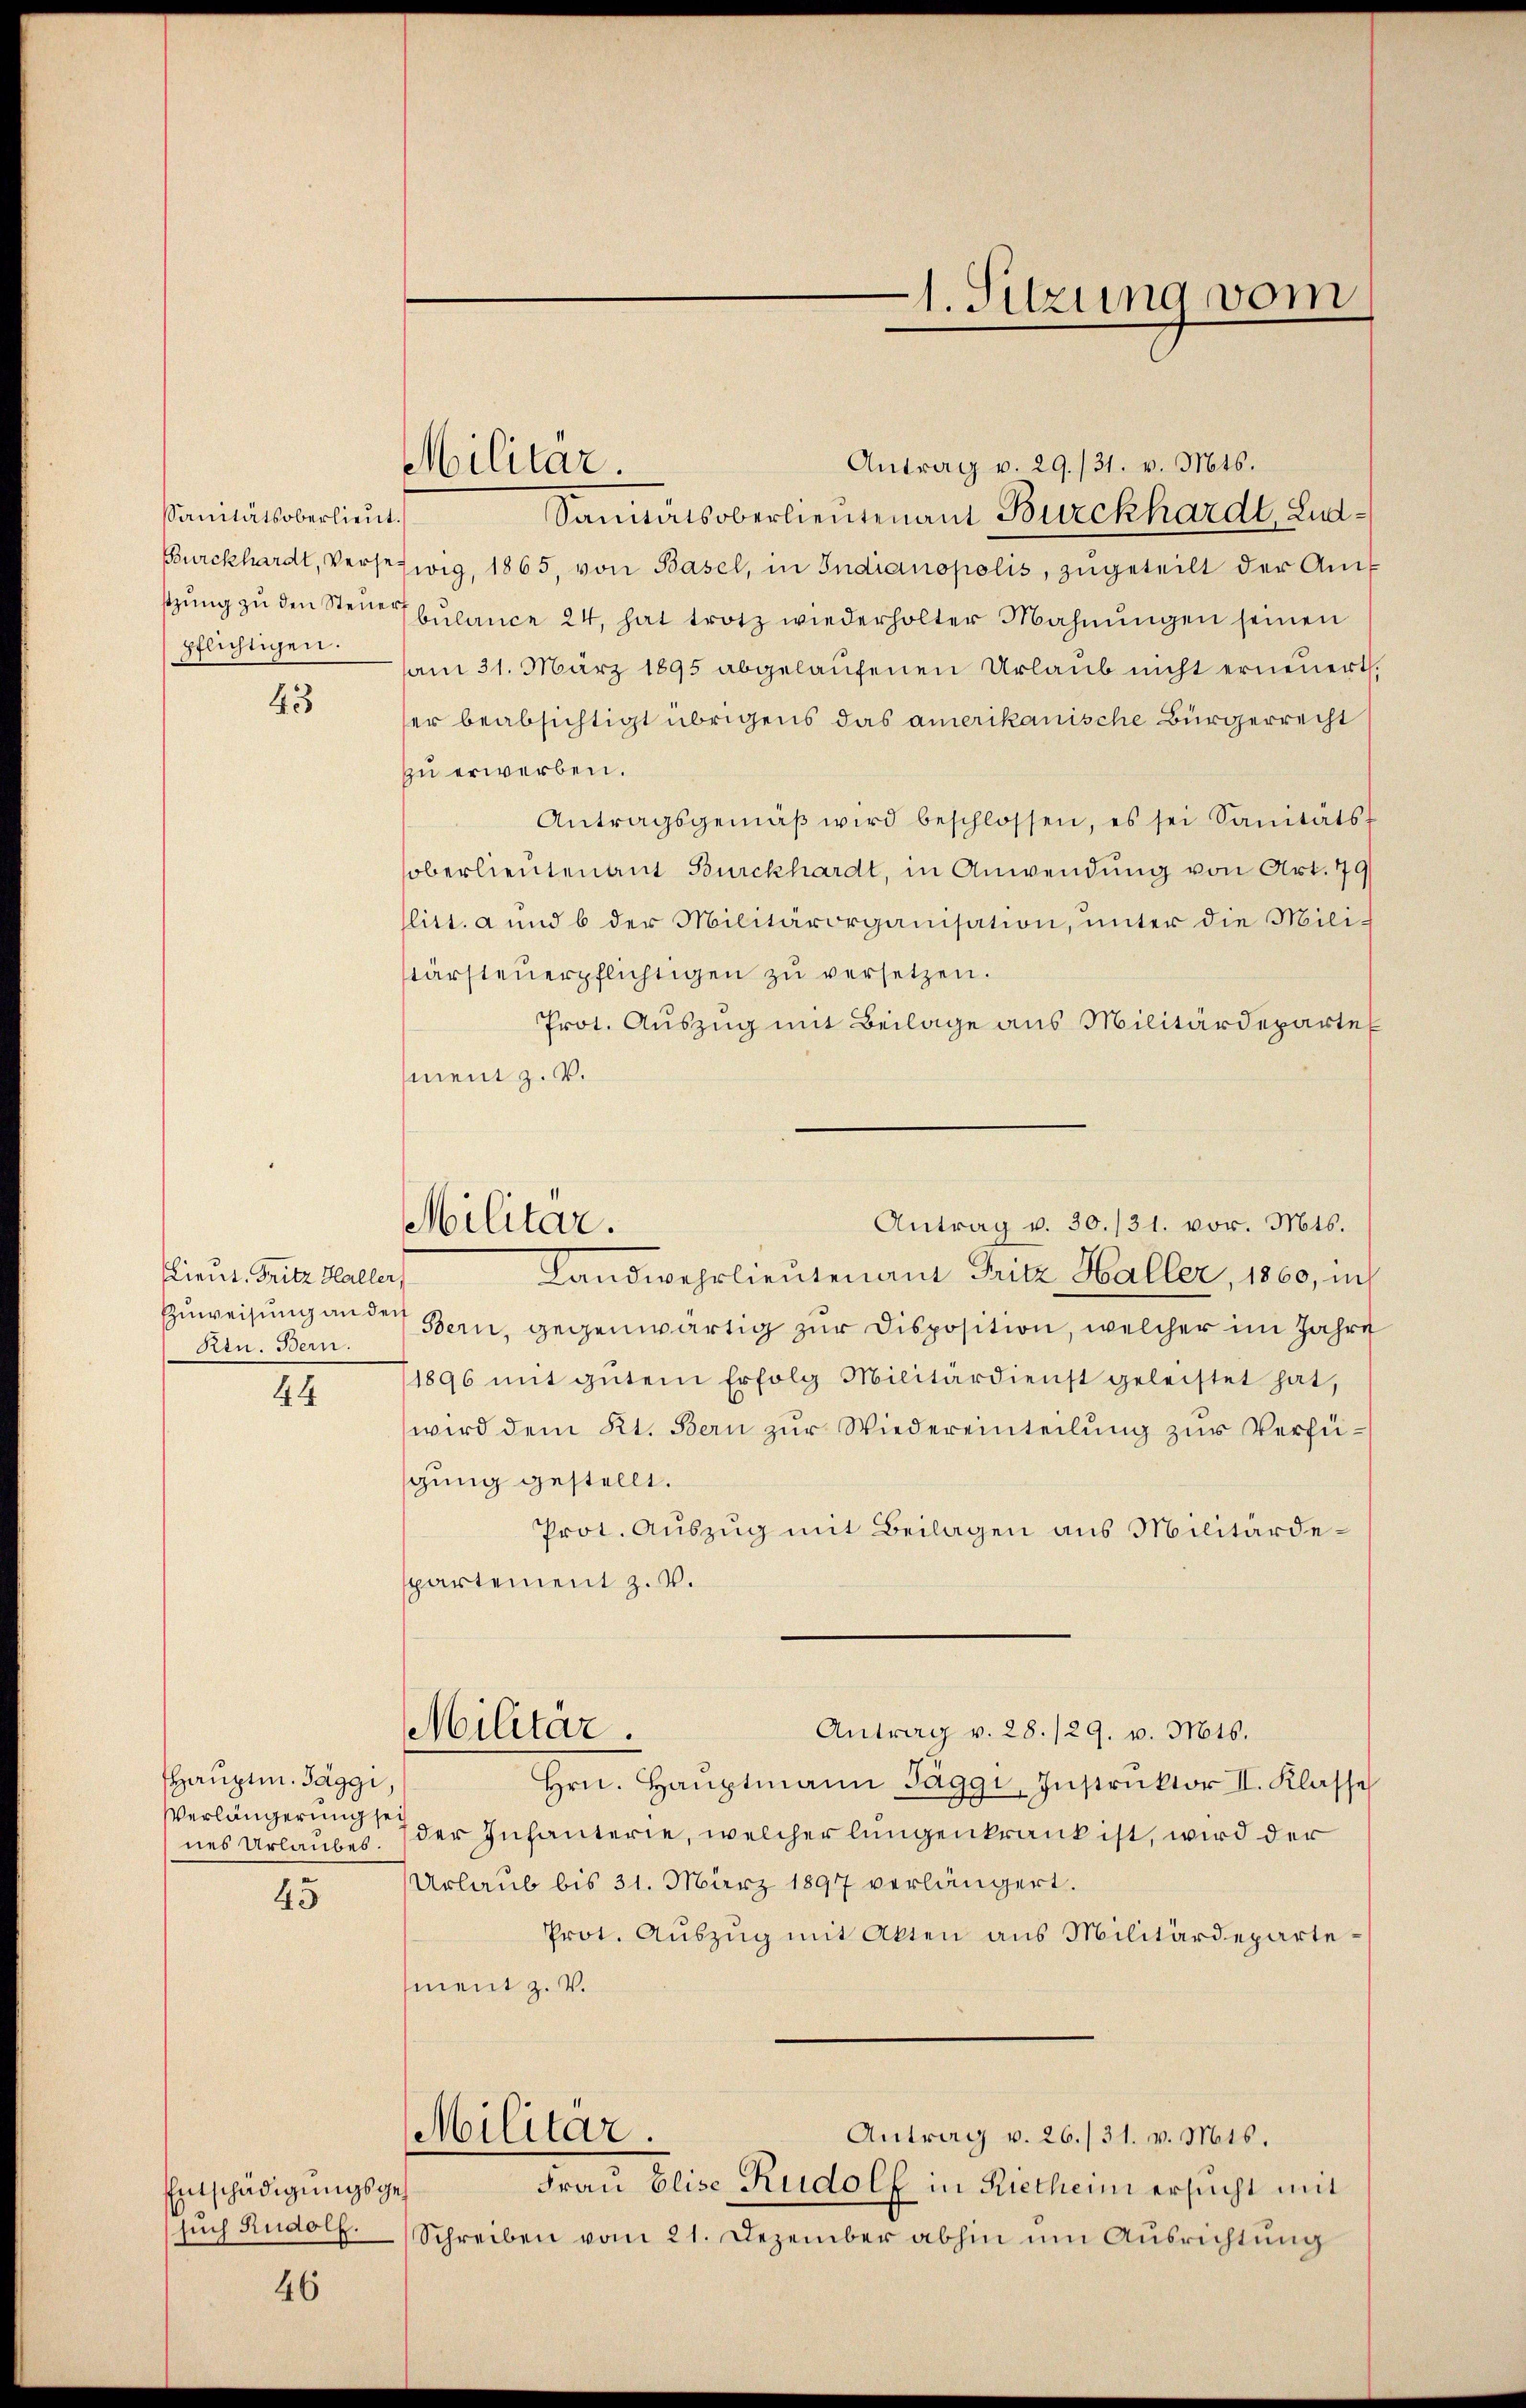
Sanitätsoberlieut.
pflichtigen.

43

Lieut. Fritz Haller,
Ktn. Bern.

44

HHauptm. Paggi
Verlängerung sei
45

Entschädigungsges

46

Sanitätsoberlieutenant Burckhardt, Lud¬
Burckhardt, Versezwig, 1865, von Basel, in Indianopolis, zugeteilt der Amstzŭng zŭ den Steuer belance 24, hat trotz wiederholter Mahnŭngen seinen
am 31. März 1895 abgelaŭfenen Urlaub nicht erneuert.
er beabsichtigt übrigens das amerikanische Bürgerrecht
zu erwerben.
Antragsgemäβ wird beschlossen, es sei Sanitäts-
oberlieutenant Burckhardt, in Anwendung von Art. 79
litt. a und b der Militärorganisation, unter die Militärsteŭerpflichtigen zŭ versetzen.
Prot. Auszug mit Beilage aus Militärdeparte
ment z. V.
Landwehrlieutenant Fritz Haller, 1860, in
Zuweisung an der Bern, gegenwärtig zur Disposition, welcher im Jahre
1896 mit gŭtem Erfolg Militärdienst geleistet hat,
wird dem Kt. Bern zur Wiedereinteilung zur Verfügung gestellt.
Prot. Auszug mit Beilagen aus Militärdespartement z. V.
Militar.
Antrag v. 28./29. v. Mts.
Hrn. Haŭptmann Taggi, Instruktor II. Klasse
nes Urlaubes: der Infanterie, welcher lungenkrank ist, wird der
Urlaub bis 31. März 1897 verlängert.
Prot. Auszug mit Akten aus Militärdepartement z. V.
Militar.
Antrag v. 26./31. v. Mts.
Frau Elise Rudolf in Rietheim ersucht mit
sŭch Rudolf Schreiben vom 21. Dezember abhin um Ausrichtung

Militar.

Militar.

e
1. Sitzung vom

Antrag v. 29./31. v. Mts.

Antrag v. 30./31. vor. Mts.